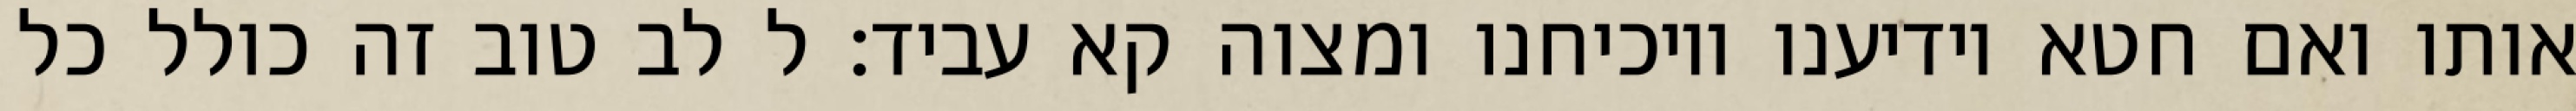
אותו ואם חטא יודיענו ויוכיחנו ומצוה קא עביד: ל לב טוב זה כולל כל